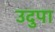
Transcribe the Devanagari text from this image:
उदुपा